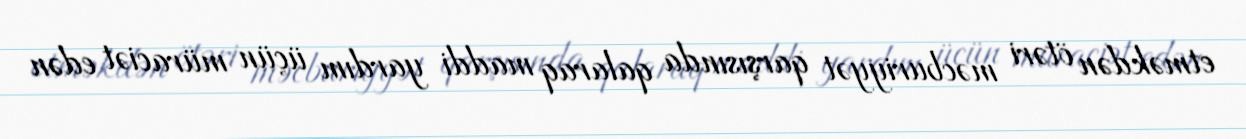
etməkdən ötəri məcburiyyət qarşısında qalaraq maddi yardım üçün müraciət edən